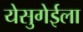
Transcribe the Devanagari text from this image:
येसुगेईला